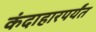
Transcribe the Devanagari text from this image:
कंदाहारपर्यंत